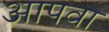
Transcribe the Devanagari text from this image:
आपवा